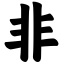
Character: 非